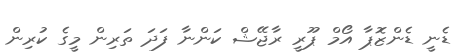
ޑެނީ ޑެންޒޮޕާ އޯމް ޕޫރީ ރާޖޭޝް ކަންނާ ފަދަ ތަރިން މީގެ ކުރިން